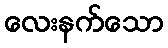
လေးနက်သော